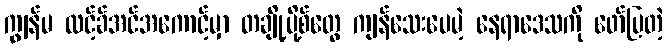
ကျွန်မ လင့်ခ်အင်အကောင့်မှာ တချို့ပို့စ်တွေ ကျန်သေးပေမဲ့ နေရာဒေသကို ဖော်ပြတဲ့